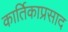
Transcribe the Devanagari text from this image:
कार्तिकाप्रसाद